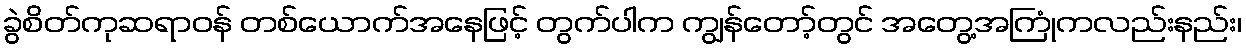
ခွဲစိတ်ကုဆရာဝန် တစ်ယောက်အနေဖြင့် တွက်ပါက ကျွန်တော့်တွင် အတွေ့အကြုံကလည်းနည်း၊